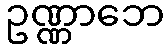
ဥဏ္ဏာဘေ